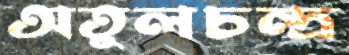
অতুলচন্দ্র